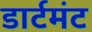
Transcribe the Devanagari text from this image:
डार्टमंट